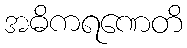
အဓိကရဏေတိ